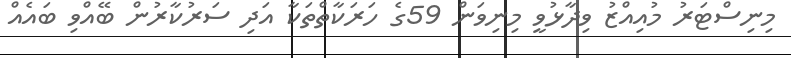
މިނިސްޓަރު މުއިއްޒު ވިދާޅުވީ މިނިވަން 59ގެ ހަރަކާތްތަކާ އަދި ސަރުކާރުން ބޭއްވި ބައެއް